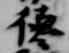
徳